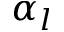
\alpha _ { l }